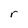
Character: r